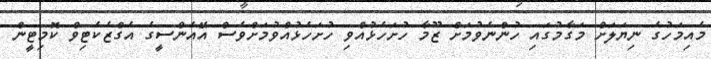
މެއިމަހުގެ ނިޔަލަށް މަގާމުގައި ހުންނެވުމަށް ޒޫމާ ހުށަހެޅުއްވި ހުށަހެޅުއްވުމަށްވެސް އޭއެންސީގެ އެގްޒެކެޓިވް ކޮމިޓީން